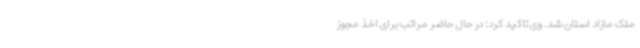
ملک مازاد استان شد. وی تاکید کرد: در حال حاضر مراتب برای اخذ مجوز